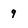
Character: 9